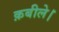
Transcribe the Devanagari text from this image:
क़बीले।